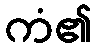
ကံ၏